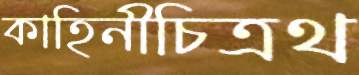
কাহিনীচিত্রথ